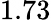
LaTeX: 1.73